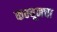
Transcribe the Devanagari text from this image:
कम्यूनचा